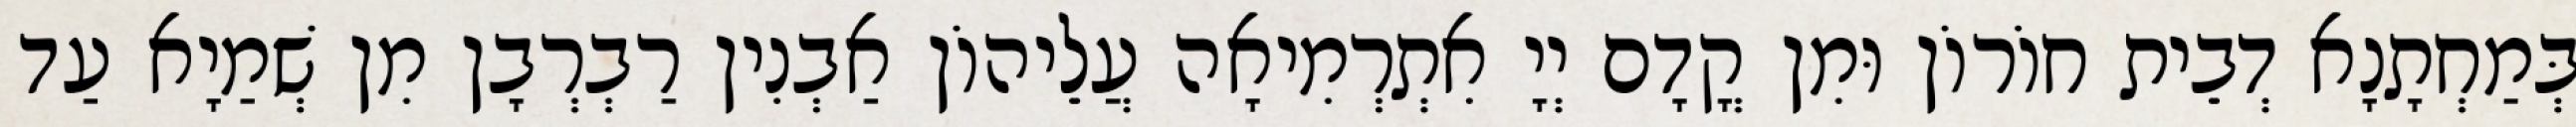
בְּמַחְתָנָא דְבֵית חוֹרוֹן וּמִן קֳדָם יְיָ אִתְרְמִיאָה עֲלֵיהוֹן אַבְנִין רַבְרְבָן מִן שְׁמַיָא עַד